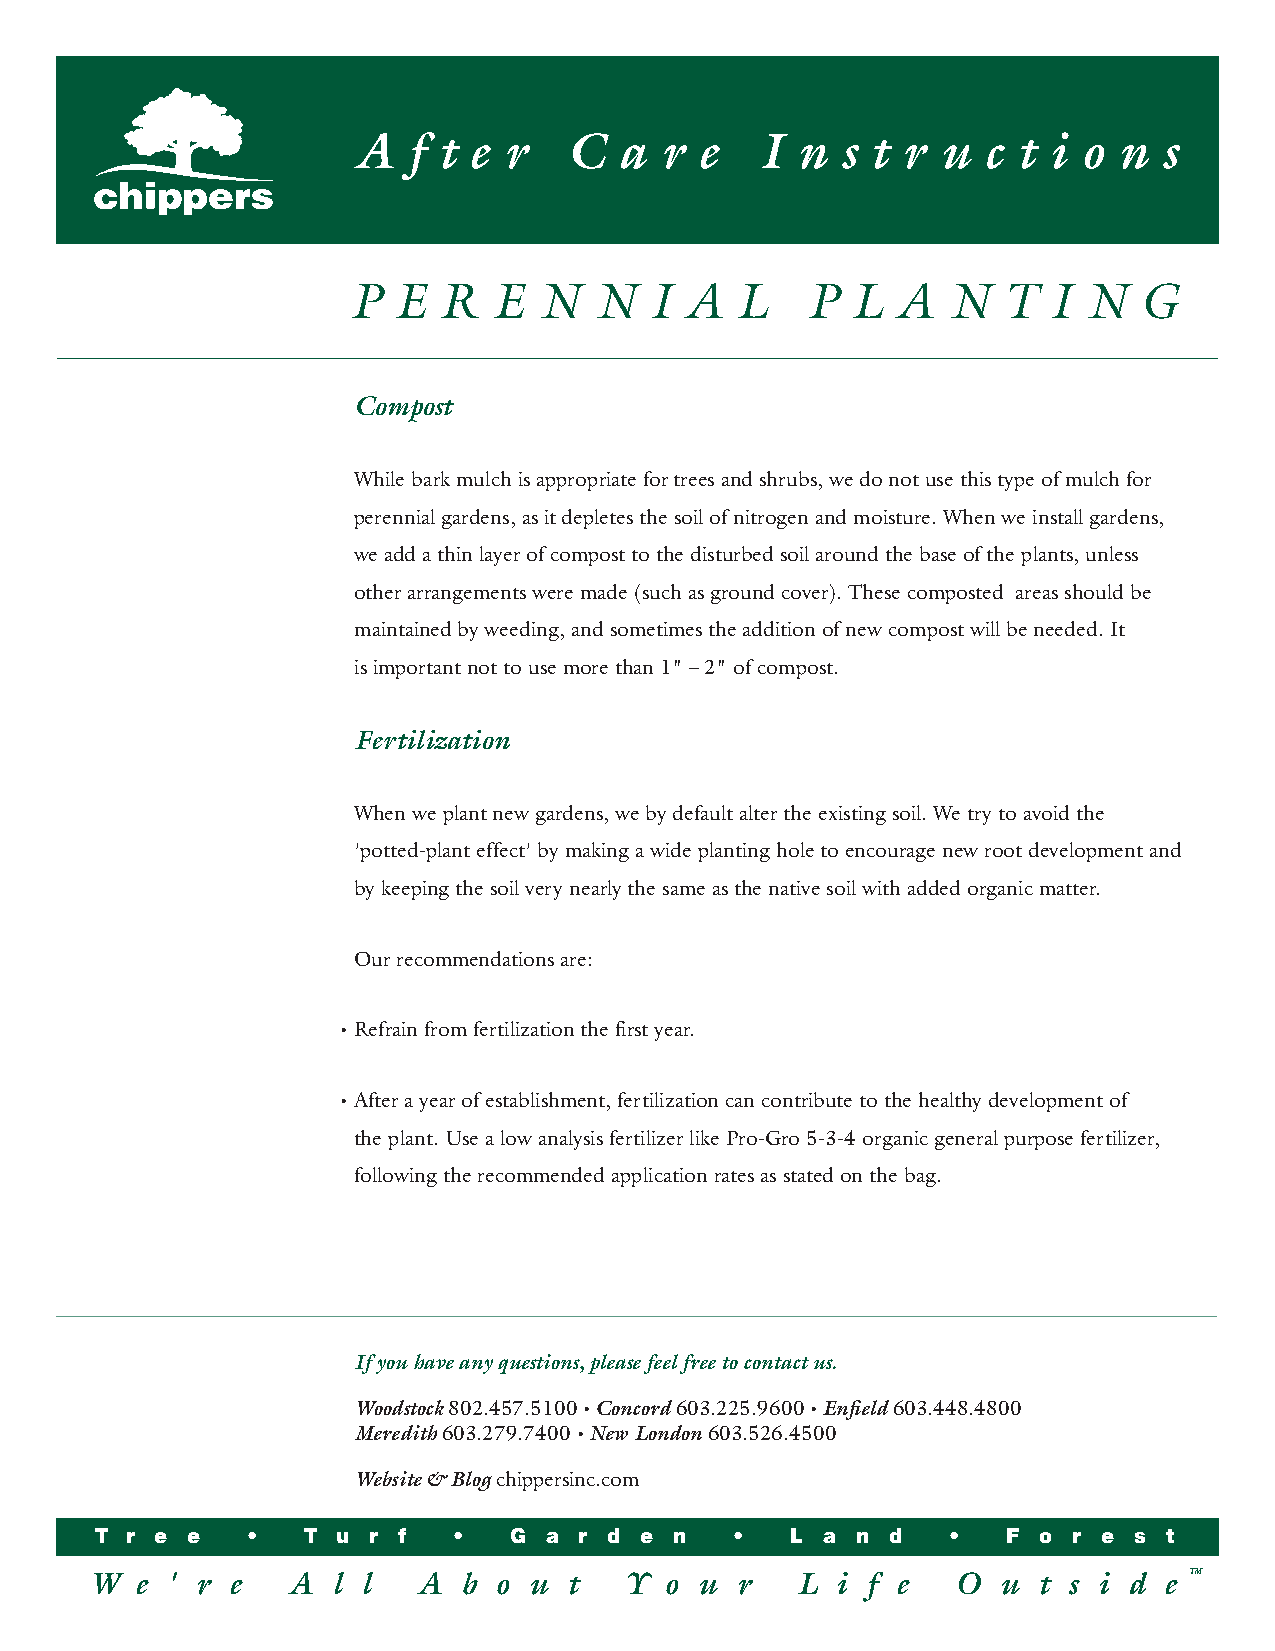
A   f t e r    C  a  r e   I  n  s t r u  c t i  o n  s
 P  E  R   E  N  N   I A   L   P  L  A   N  T  I  N  G
 Compost
 While bark mulch is appropriate for trees and shrubs, we do not use this type of mulch for
 perennial gardens, as it depletes the soil of nitrogen and moisture. When we install gardens,
 we add a thin layer of compost to the disturbed soil around the base of the plants, unless
 other arrangements were made (such as ground cover). These composted areas should be
 maintained by weeding, and sometimes the addition of new compost will be needed. It
 is important not to use more than 1" – 2" of compost.
 Fertilization
 When we plant new gardens, we by default alter the existing soil. We try to avoid the
 'potted-plant effect' by making a wide planting hole to encourage new root development and
 by keeping the soil very nearly the same as the native soil with added organic matter.
 Our recommendations are:
 • Refrain from fertilization the first year.
 • After a year of establishment, fertilization can contribute to the healthy development of
 the plant. Use a low analysis fertilizer like Pro-Gro 5-3-4 organic general purpose fertilizer,
 following the recommended application rates as stated on the bag.
 If you have any questions, please feel free to contact us.
 Woodstock 802.457.5100 • Concord 603.225.9600 • Enfield 603.448.4800
 Meredith 603.279.7400 • New London 603.526.4500
 Website & Blog chippersinc.com
 T r e e   •   T u r f   •   G a r d e  n   •  L  a n d   •   F o r e s t
 W  e ' r e   A  l l   A  b o u  t  Y  o u  r   L i f e   O  u  t s i d e TM